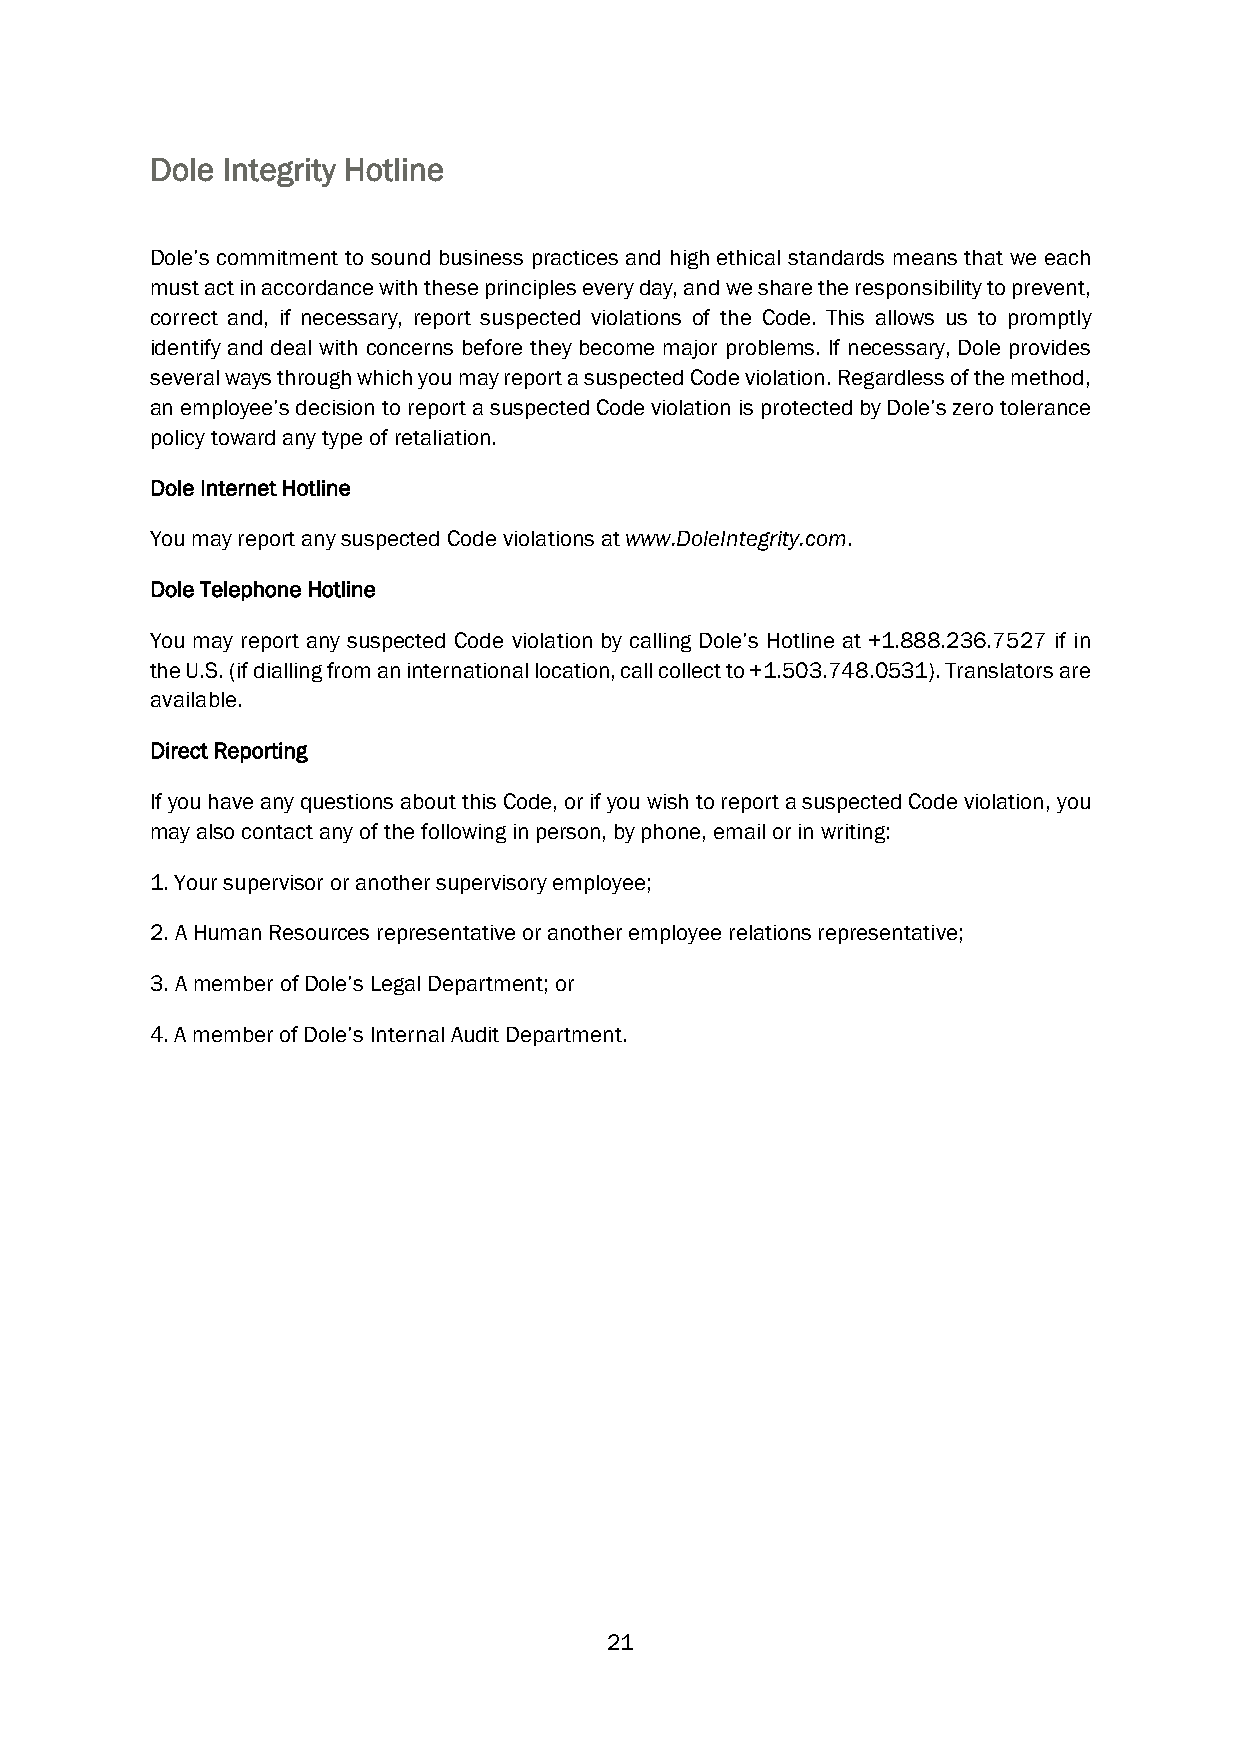
Dole Integrity Hotline
 Dole’s commitment to sound business practices and high ethical standards means that we each
 must act in accordance with these principles every day, and we share the responsibility to prevent,
 correct and, if necessary, report suspected violations of the Code. This allows us to promptly
 identify and deal with concerns before they become major problems. If necessary, Dole provides
 several ways through which you may report a suspected Code violation. Regardless of the method,
 an employee’s decision to report a suspected Code violation is protected by Dole’s zero tolerance
 policy toward any type of retaliation.
 Dole Internet Hotline
 You may report any suspected Code violations at www.DoleIntegrity.com.
 Dole Telephone Hotline
 You may report any suspected Code violation by calling Dole’s Hotline at +1.888.236.7527 if in
 the U.S. (if dialling from an international location, call collect to +1.503.748.0531). Translators are
 available.
 Direct Reporting
 If you have any questions about this Code, or if you wish to report a suspected Code violation, you
 may also contact any of the following in person, by phone, email or in writing:
 1. Your supervisor or another supervisory employee;
 2. A Human Resources representative or another employee relations representative;
 3. A member of Dole’s Legal Department; or
 4. A member of Dole’s Internal Audit Department.
 21